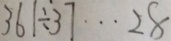
3 6 1 \div 3 7 \cdots 2 8